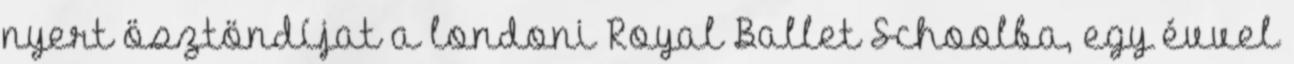
nyert ösztöndíjat a londoni Royal Ballet Schoolba, egy évvel